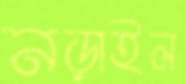
নড়াইল